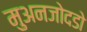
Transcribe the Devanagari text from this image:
मुअनजोदडो